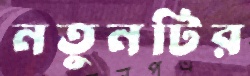
নতুনটির